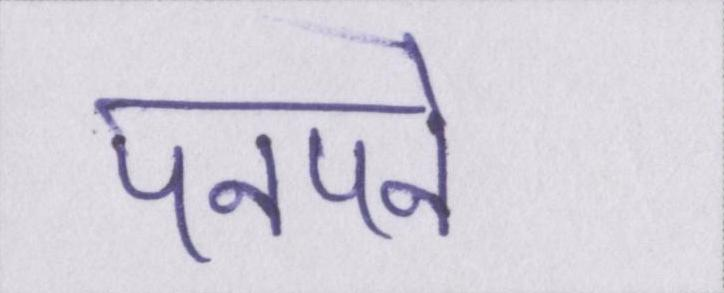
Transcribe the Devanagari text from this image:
पनपने